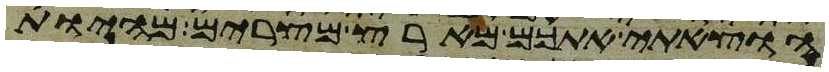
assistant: הוצאתי אתכם מארץ מצרים מהיות